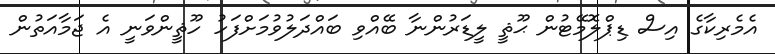
އެމެރިކާގެ އިސް ޑިޕްލޮމޭޓުން ޙޫޘީ ލީޑަރުންނާ ބޭއްވި ބައްދަލުވުމަށްފަހު ހޫޘީންވަނީ އެ ޖަމާއަތުން